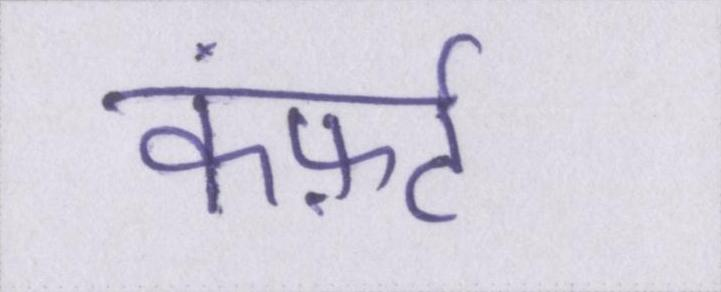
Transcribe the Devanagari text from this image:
कंफ़र्ट